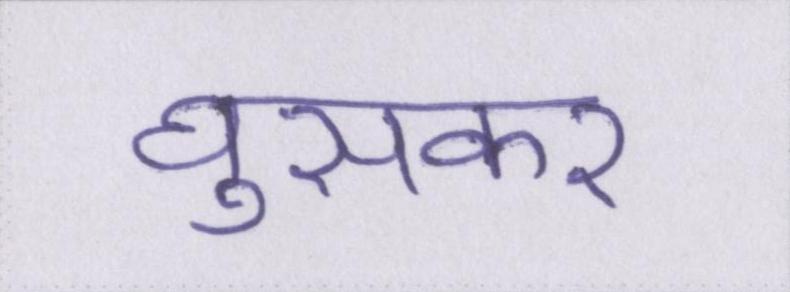
घुसकर